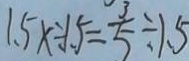
1 . 5 x \div 1 . 5 = \frac { 3 } { 5 } \div 1 . 5